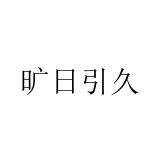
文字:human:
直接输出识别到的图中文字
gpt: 旷日引久